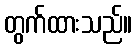
တွက်ထားသည်။